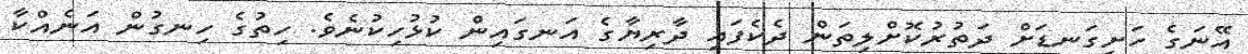
އޭނަގެ ހަށިގަނޑަށް ދަތުރުކޮށްލިތަން ދެކެފައި ދާރިޔާގެ އަނގައިން ކުޅުހިކުނެވެ. ހިތުގެ ހިނގުން އަނެއްކާ